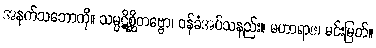
အနက်သဘောကို။ သမ္ပဋိစ္ဆိတဗ္ဗော၊ ဝန်ခံအပ်သနည်း။ မဟာရာဇ၊ မင်းမြတ်။